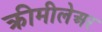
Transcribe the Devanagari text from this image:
क्रीमीलेअर